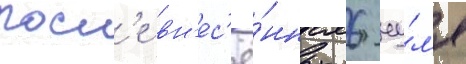
Посл'е вн'ес'ё́нных 6 иу́л'я